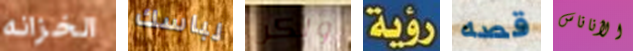
الخزانه لباسك ولكن رؤية قصه الأناناس